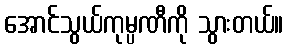
အောင်သွယ်ကုမ္ပဏီကို သွားတယ်။